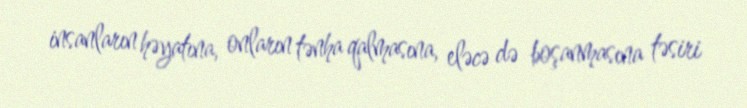
insanların həyatına, onların tənha qalmasına, eləcə də boşanmasına təsiri